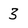
Character: 3